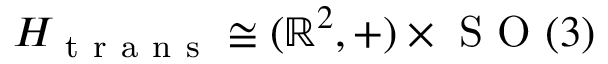
H _ { \mathrm { ~ t ~ r ~ a ~ n ~ s ~ } } \cong ( \mathbb { R } ^ { 2 } , + ) \times \mathrm { ~ S ~ O ~ } ( 3 )